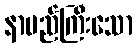
နာမည်ကြီးသော